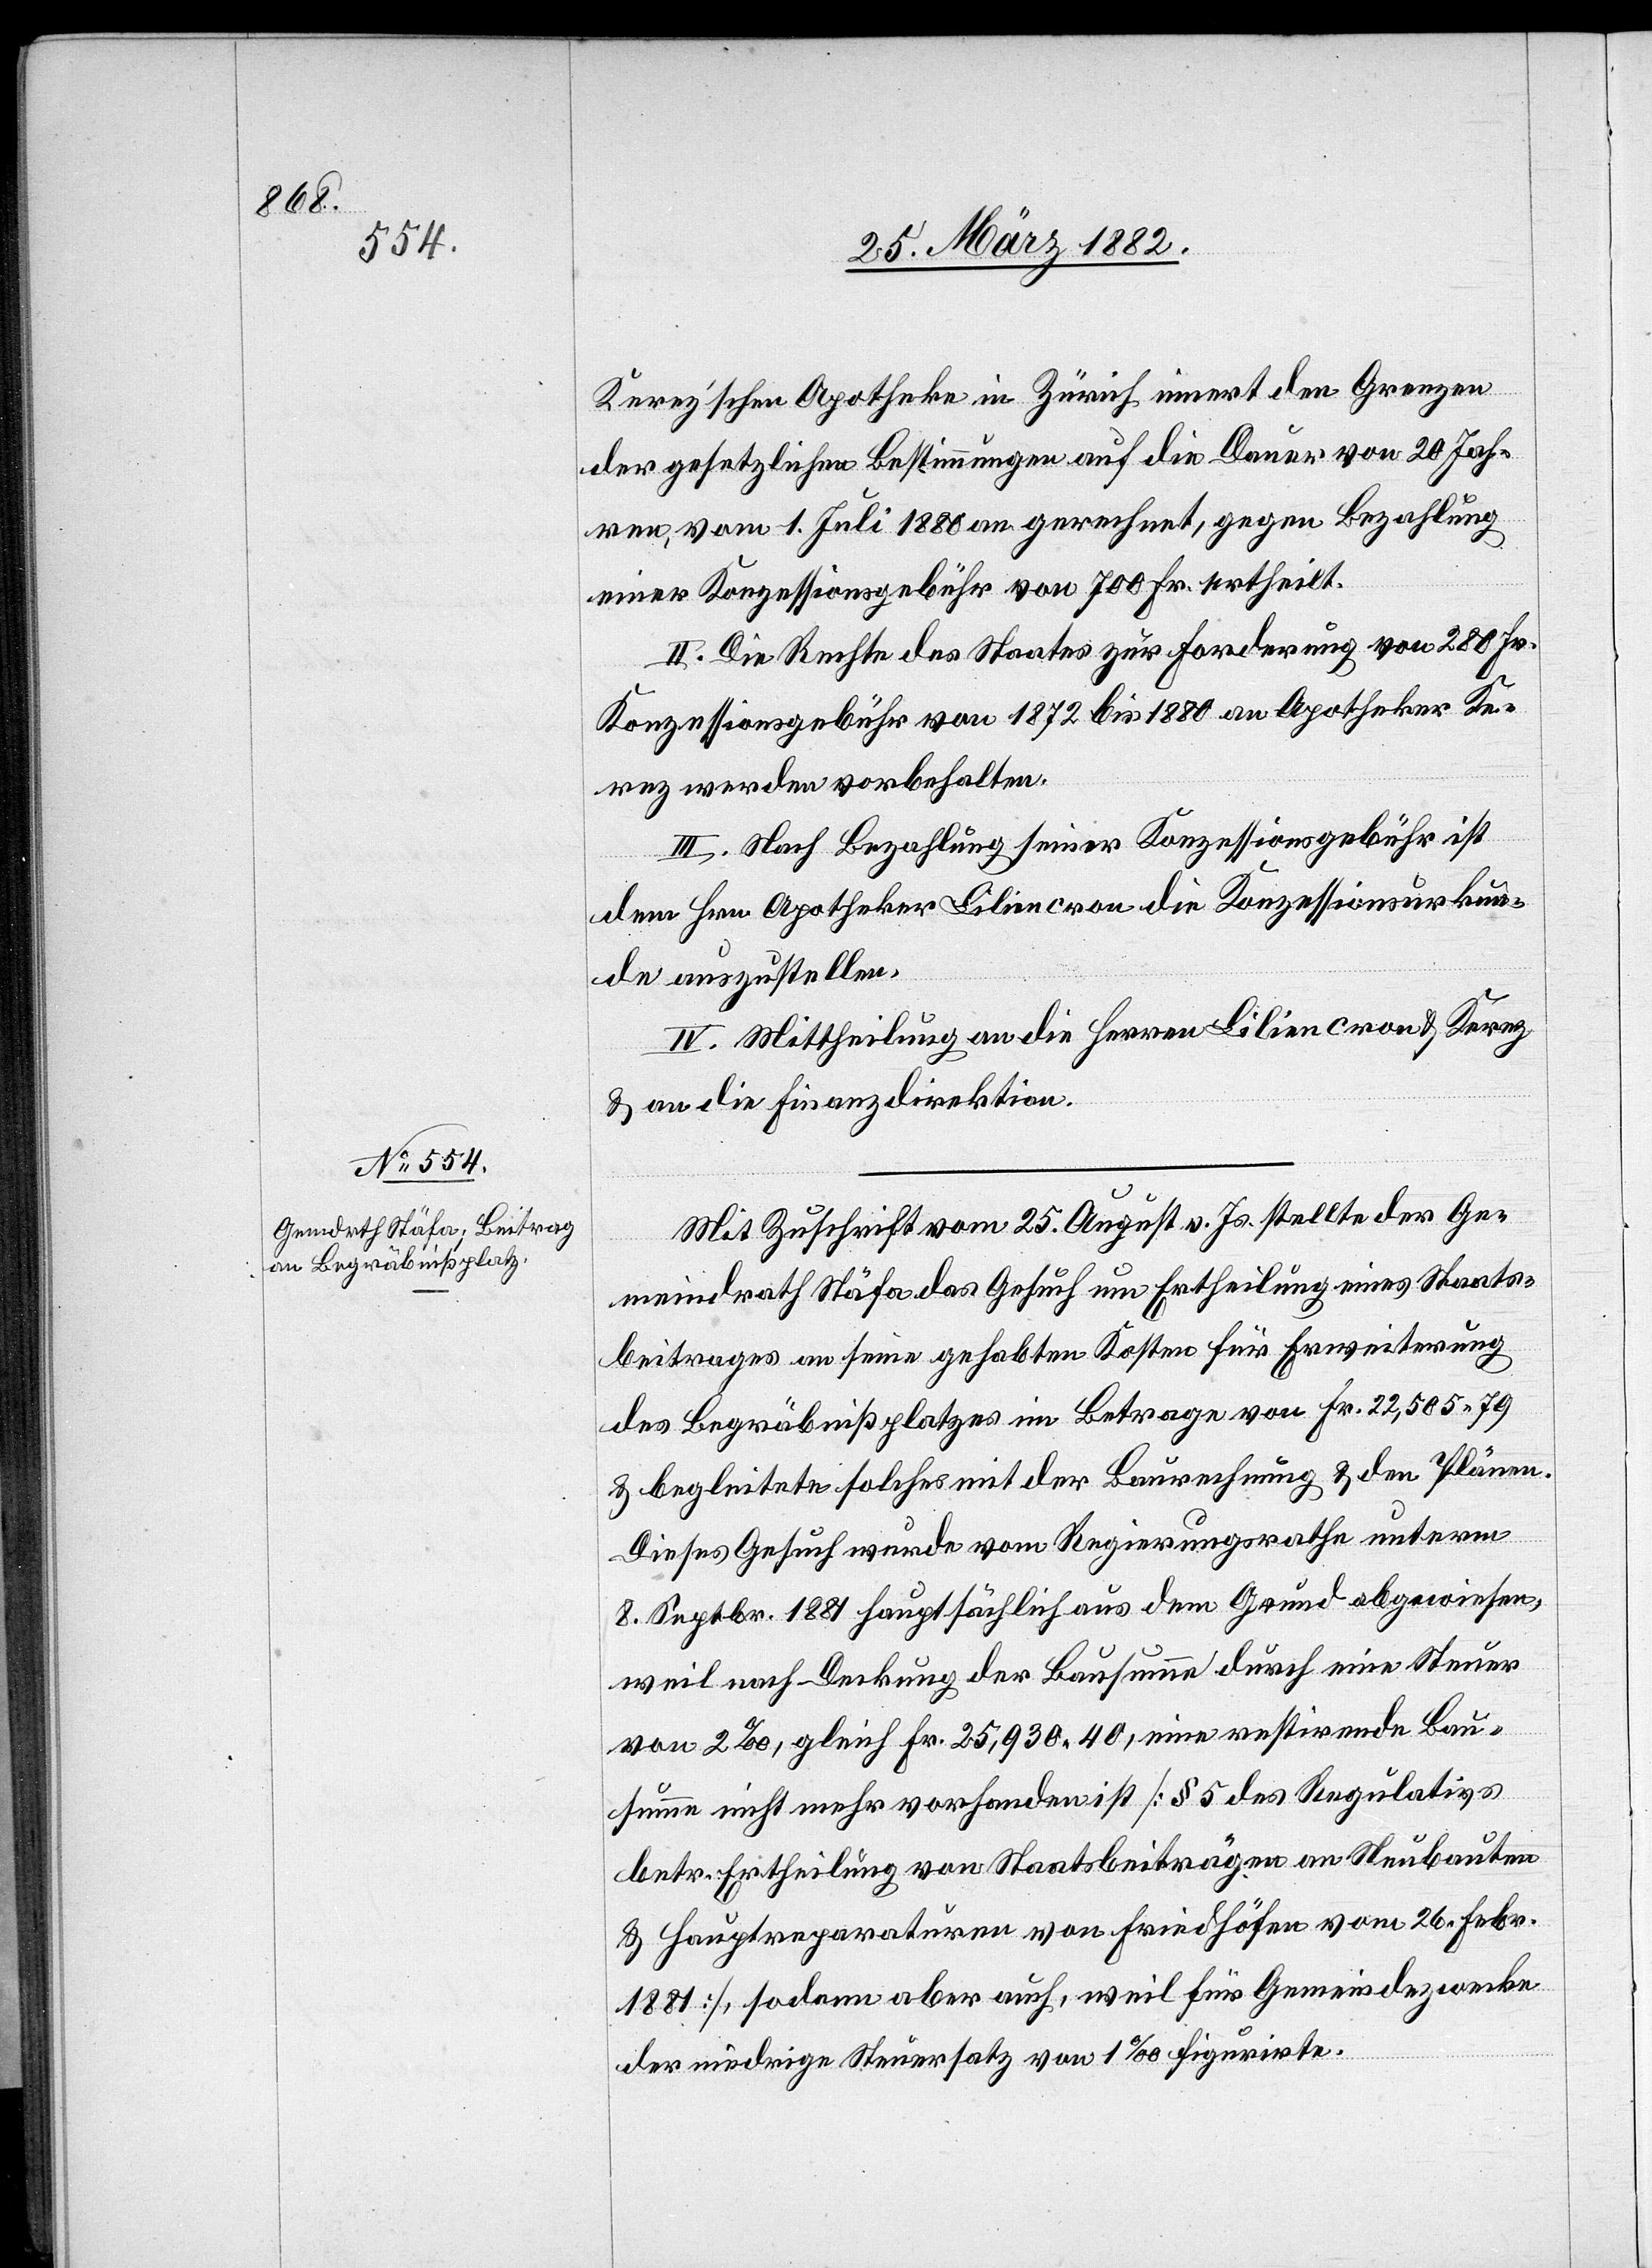
Kerez’schen Apotheke in Zürich innert den Grenzen
der gesetzlichen Bestimmungen auf die Dauer von 20 Jah¬
ren, vom 1. Juli 1880 an gerechnet, gegen Bezahlung
einer Konzessionsgebühr von 700 Fr. ertheilt.
II. Die Rechte des Staates zur Forderung von 280 Fr.
Konzessionsgebühr von 1872 bis 1880 an Apotheker Ke¬
rez werden vorbehalten.
III. Nach Bezahlung seiner Konzessionsgebühr ist
dem Hrn. Apotheker Liliencron die Konzessionsurkun¬
de auszustellen.
IV. Mittheilung an die Herren Liliencron & Kerez
& an die Finanzdirektion.
Mit Zuschrift vom 25. August v. Js. stellte der Ge¬
meindrath Stäfa das Gesuch um Ertheilung eines Staats¬
beitrages an seine gehabten Kosten für Erweiterung
des Begräbnißplatzes im Betrage von Fr. 22,505 79
& begleitete solches mit der Baurechnung & den Plänen.
Dieses Gesuch wurde vom Regierungsrathe unterm
8. Septbr. 1881 hauptsächlich aus dem Grund abgewiesen,
weil nach Deckung der Bausumme durch eine Steuer
von 2‰, gleich Fr. 25,930 40, eine restirende Bau¬
summe nicht mehr vorhanden ist [§ 5 des Regulativs
betr. Ertheilung von Staatsbeiträgen an Neubauten
& Hauptreparaturen von Friedhöfen vom 26. Febr.
1881], sodann aber auch, weil für Gemeindezwecke
der niedrige Steuersatz von 1‰ figurirte.